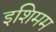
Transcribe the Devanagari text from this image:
इशिमम